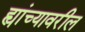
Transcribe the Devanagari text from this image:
ह्यांच्यावरील